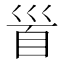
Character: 𩠐